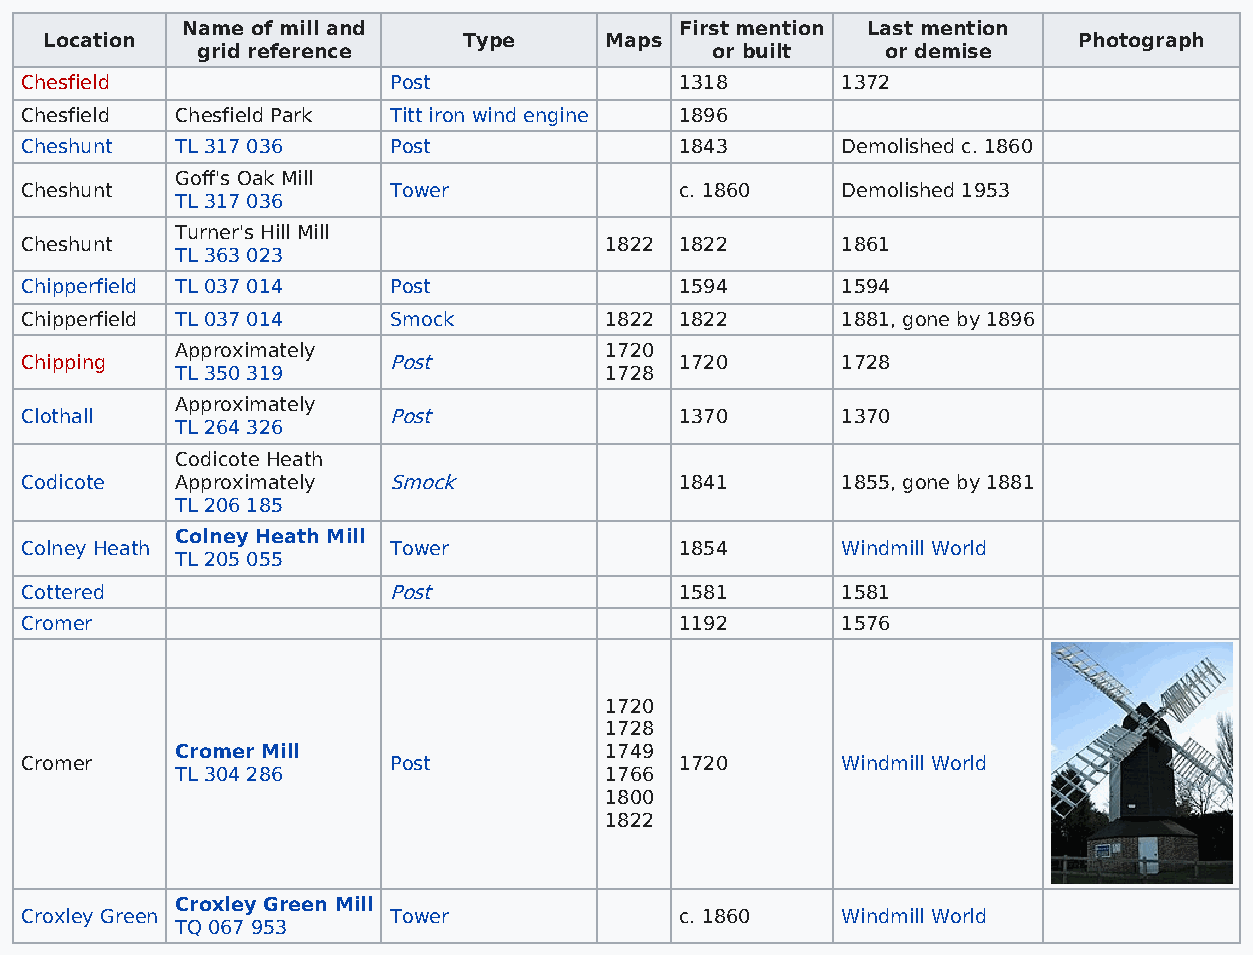
Name of mill and                 First mention Last mention
 Location                    Type     Maps                           Photograph
 grid reference                    or built    or demise
 Chesfield                Post               1318       1372
 Chesfield  Chesfield Park Titt iron wind engine 1896
 Cheshunt   TL 317 036    Post               1843       Demolished c. 1860
 Goff's Oak Mill
 Cheshunt                 Tower              c. 1860    Demolished 1953
 TL 317 036
 Turner's Hill Mill
 Cheshunt                               1822 1822       1861
 TL 363 023
 Chipperfield TL 037 014  Post               1594       1594
 Chipperfield TL 037 014  Smock         1822 1822       1881, gone by 1896
 Approximately               1720
 Chipping                 Post               1720       1728
 TL 350 319                  1728
 Approximately
 Clothall                 Post               1370       1370
 TL 264 326
 Codicote Heath
 Codicote   Approximately Smock              1841       1855, gone by 1881
 TL 206 185
 Colney Heath Mill
 Colney Heath             Tower              1854       Windmill World
 TL 205 055
 Cottered                 Post               1581       1581
 Cromer                                      1192       1576
 1720
 1728
 Cromer Mill                 1749
 Cromer                   Post               1720       Windmill World
 TL 304 286                  1766
 1800
 1822
 Croxley Green Mill
 Croxley Green            Tower              c. 1860    Windmill World
 TQ 067 953